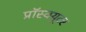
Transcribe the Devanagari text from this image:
प्रॉस्क्यूटर